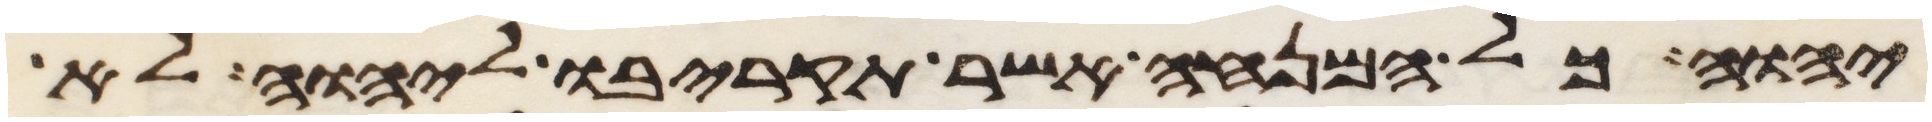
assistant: יהוה כל המנחה אשר תקריבו ליהוה לא